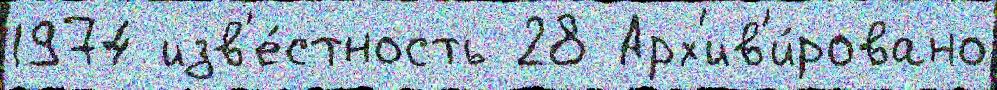
1974 изв'е́стность 28 Арх'ив'и́ровано